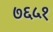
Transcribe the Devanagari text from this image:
७६५१